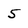
Character: 5